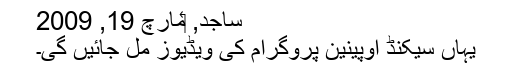
ساجد, ‏مارچ 19, 2009
یہاں سیکنڈ اوپینین پروگرام کی ویڈیوز مل جائیں گی۔